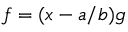
f = ( x - a / b ) g